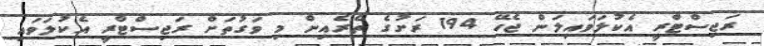
ރަޖިސްޓްރީ އެކުލަވައިލަން ޖެހޭ 194 ރަށުގެ ތެރެއިން މި ވަގުތަށް ރަޖިސްޓްރީ އެކުލަވައި